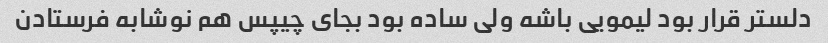
دلستر قرار بود لیمویی باشه ولی ساده بود بجای چیپس هم نوشابه فرستادن